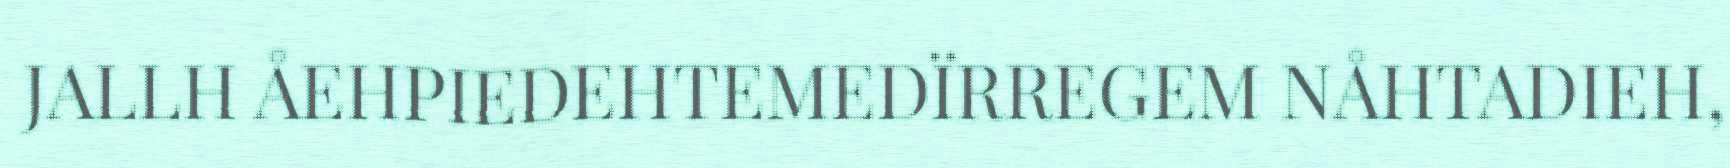
JALLH ÅEHPIEDEHTEMEDÏRREGEM NÅHTADIEH,